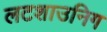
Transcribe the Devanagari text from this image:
लटशाउनिग